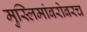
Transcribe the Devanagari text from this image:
मुस्लिमांबरोबरच